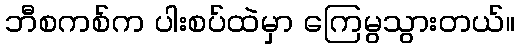
ဘီစကစ်က ပါးစပ်ထဲမှာ ကြေမွသွားတယ်။